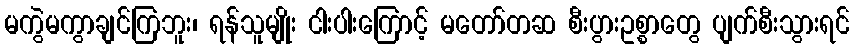
မကွဲမကွာချင်ကြဘူး၊ ရန်သူမျိုး ငါးပါးကြောင့် မတော်တဆ စီးပွားဥစ္စာတွေ ပျက်စီးသွားရင်